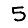
Digit: 5